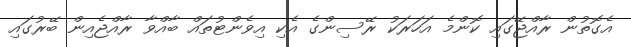
އެގޮތުން ރާއްޖޭގައި ކޮންމެ އަހަރަކު ރޭސިންގެ އެކި އިވެންޓުތައް ބާއްވާ ރާއްޖެއިން ބޭރުގައި